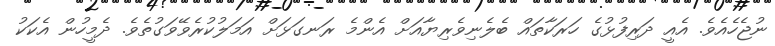
ނުޖެހެއެވެ. އެއީ ދަރިފުޅުގެ ހަރަކާތައް ބެލެނިވެރިޔާއަށް އެންމެ ރަނގަޅަށް އަމަލުކުރެވޭވަގުތެވެ. ދެމީހުން އެކަކު